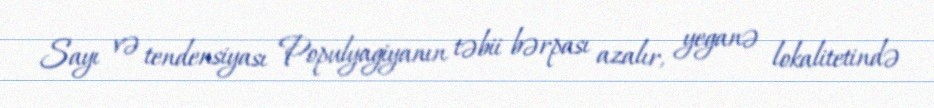
Sayı və tendensiyası Populyagiyanın təbii bərpası azalır, yeganə lokalitetində